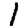
Digit: 1